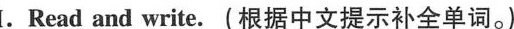
I.Read and write.(根据中文提示补全单词.)